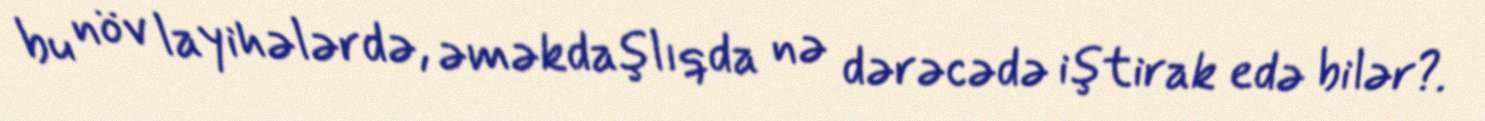
bu növ layihələrdə, əməkdaşlıqda nə dərəcədə iştirak edə bilər?.